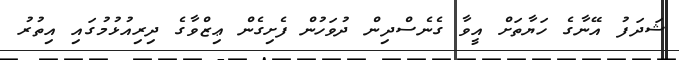
ޝަދަފު އޭނާގެ ހަޔާތަށް އީވާ ގެނެސްދިން ދުވަހުން ފެށިގެން ޢިޒްވާގެ ދިރިއުޅުމުގައި އިތުރު